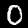
Label: 0